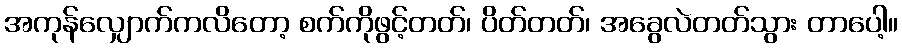
အကုန်လျှောက်ကလိတော့ စက်ကိုဖွင့်တတ်၊ ပိတ်တတ်၊ အခွေလဲတတ်သွား တာပေါ့။